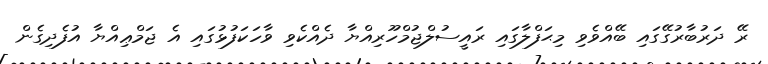
ރޭ ދަރުބާރުގޭގައި ބޭއްވެވި މިޙަފްލާގައި ރައީސުލްޖުމްހޫރިއްޔާ ދެއްކެވި ވާހަކަފުޅުގައި އެ ޖަމްޢިއްޔާ އުފެދިގެން